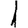
Digit: 1